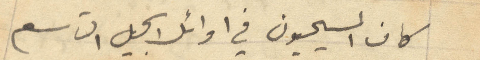
كان المسيحيون في اوائل الجيل التاسع